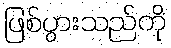
ဖြစ်ပွားသည်ကို